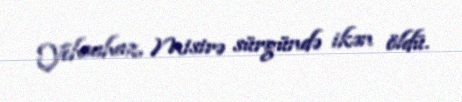
Yehoahaz, Misirə sürgündə ikən öldü.